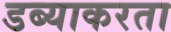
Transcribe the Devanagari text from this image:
डब्याकरता